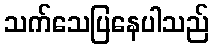
သက်သေပြနေပါသည်